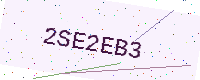
Text: 2SE2EB3